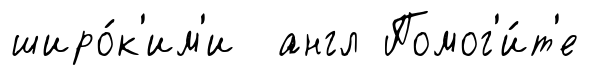
широ́к'им'и англ Помог'и́т'е